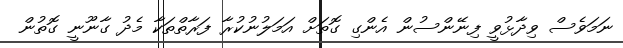
ނަމަވެސް ވިދާޅުވީ ފިނޭންސުން އެންގި ގޮތަށް އަމަލުނުކުރާ ފަރާތްތަކާ މެދު ގާނޫނީ ގޮތުން